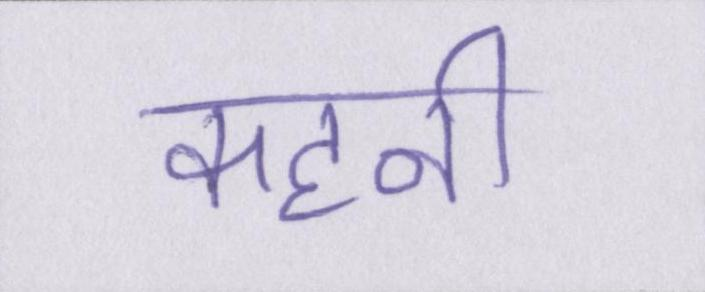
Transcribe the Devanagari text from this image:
कहनी